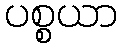
ပစ္စယာ